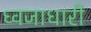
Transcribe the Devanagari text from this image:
ध्वजाधारी